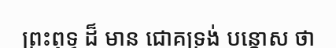
ព្រះពុទ្ធ ដ៏ មាន ជោគទ្រង់ បន្តោស ថា